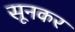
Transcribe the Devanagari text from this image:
सूनकर